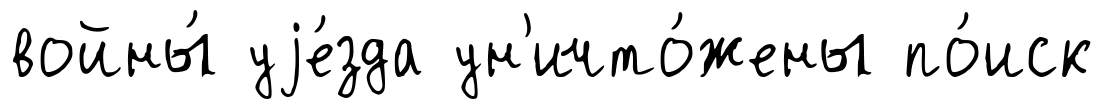
войны́ уjе́зда ун'ичто́жены по́иск